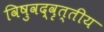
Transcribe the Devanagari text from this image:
विषुवद्वृत्तीय